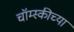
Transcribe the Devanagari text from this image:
चॉम्स्कीच्या